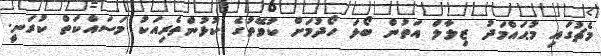
މެޗުގައި މުޙައްމަދު ޒިލާލް އަތުން ބޯޅަ ހޯދުމަށް ކުވޭތުގެ ކުޅުންތެރިއަކު މަސައްކަތް ކުރަނީ.